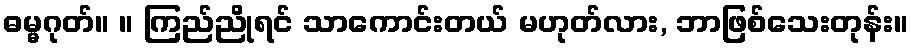
ဓမ္မဂုတ်။ ။ ကြည်ညိုရင် သာကောင်းတယ် မဟုတ်လား, ဘာဖြစ်သေးတုန်း။